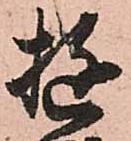
遊